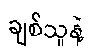
ချစ်သူနဲ့